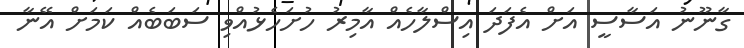
ގާނޫނު އަސާސީ އަށް އެފަދަ އިސްލާހެއް އާމިރު ހުށަހެޅުއްވި ސަބަބެއް ކަމަށް އޭނާ